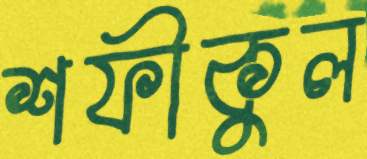
শফীকুল